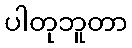
ပါတုဘူတာ